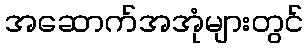
အဆောက်အအုံများတွင်